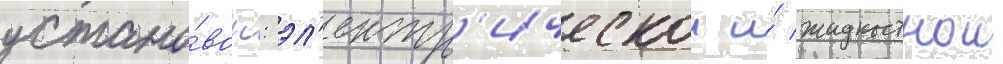
устано́вок: эл'ектр'ическои и́ жидкостнои